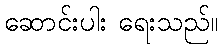
ဆောင်းပါး ရေးသည်။